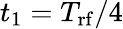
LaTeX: t_{1}=T_{\mathrm{rf}}/4